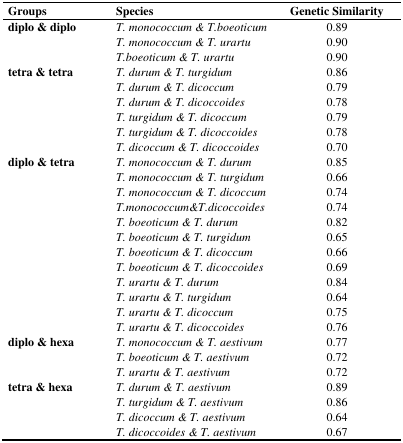
<table><thead><tr><td><b>Groups</b></td><td><b>Species</b></td><td><b>Genetic Similarity</b></td></tr></thead><tbody><tr><td><b>diplo &amp; diplo</b></td><td><i>T. monococcum &amp; T.boeoticum</i></td><td>0.89</td></tr><tr><td></td><td><i>T. monococcum &amp; T. urartu</i></td><td>0.90</td></tr><tr><td></td><td><i>T.boeoticum &amp; T. urartu</i></td><td>0.90</td></tr><tr><td><b>tetra &amp; tetra</b></td><td><i>T. durum &amp; T. turgidum</i></td><td>0.86</td></tr><tr><td></td><td><i>T. durum &amp; T. dicoccum</i></td><td>0.79</td></tr><tr><td></td><td><i>T. durum &amp; T. dicoccoides</i></td><td>0.78</td></tr><tr><td></td><td><i>T. turgidum &amp; T. dicoccum</i></td><td>0.79</td></tr><tr><td></td><td><i>T. turgidum &amp; T. dicoccoides</i></td><td>0.78</td></tr><tr><td></td><td><i>T. dicoccum &amp; T. dicoccoides</i></td><td>0.70</td></tr><tr><td><b>diplo &amp; tetra</b></td><td><i>T. monococcum &amp; T. durum</i></td><td>0.85</td></tr><tr><td></td><td><i>T. monococcum &amp; T. turgidum</i></td><td>0.66</td></tr><tr><td></td><td><i>T. monococcum &amp; T. dicoccum</i></td><td>0.74</td></tr><tr><td></td><td><i>T.monococcum&amp;T.dicoccoides</i></td><td>0.74</td></tr><tr><td></td><td><i>T. boeoticum &amp; T. durum</i></td><td>0.82</td></tr><tr><td></td><td><i>T. boeoticum &amp; T. turgidum</i></td><td>0.65</td></tr><tr><td></td><td><i>T. boeoticum &amp; T. dicoccum</i></td><td>0.66</td></tr><tr><td></td><td><i>T. boeoticum &amp; T. dicoccoides</i></td><td>0.69</td></tr><tr><td></td><td><i>T. urartu &amp; T. durum</i></td><td>0.84</td></tr><tr><td></td><td><i>T. urartu &amp; T. turgidum</i></td><td>0.64</td></tr><tr><td></td><td><i>T. urartu &amp; T. dicoccum</i></td><td>0.75</td></tr><tr><td></td><td><i>T. urartu &amp; T. dicoccoides</i></td><td>0.76</td></tr><tr><td><b>diplo &amp; hexa</b></td><td><i>T. monococcum &amp; T. aestivum</i></td><td>0.77</td></tr><tr><td></td><td><i>T. boeoticum &amp; T. aestivum</i></td><td>0.72</td></tr><tr><td></td><td><i>T. urartu &amp; T. aestivum</i></td><td>0.72</td></tr><tr><td><b>tetra &amp; hexa</b></td><td><i>T. durum &amp; T. aestivum</i></td><td>0.89</td></tr><tr><td></td><td><i>T. turgidum &amp; T. aestivum</i></td><td>0.86</td></tr><tr><td></td><td><i>T. dicoccum &amp; T. aestivum</i></td><td>0.64</td></tr><tr><td></td><td><i>T. dicoccoides &amp; T. aestivum</i></td><td>0.67</td></tr></tbody></table>